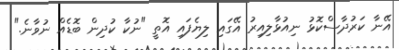
އޭނާ ކަރުދާސްކޮޅު ނިއުޅާލިއިރު އޭގައި ލިޔެފައި އޮތީ "ނުކާ ކުދިން ބޮޑެއް ނުވާނެ."